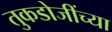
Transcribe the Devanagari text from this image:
तुकडोजींच्या